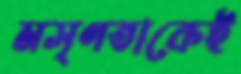
মসৃণতাকেই